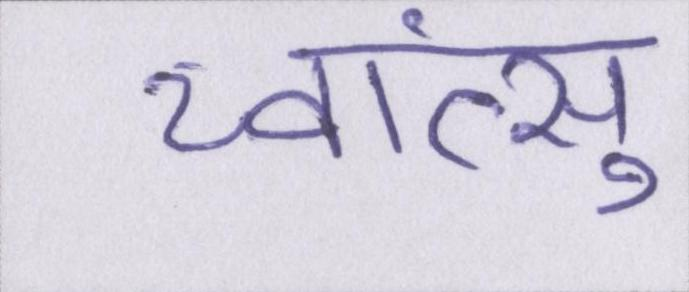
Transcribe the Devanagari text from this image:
च्वांत्सु